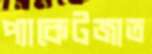
প্যাকেটজাত